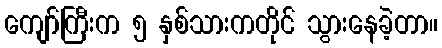
ကျော်ကြီးက ၅ နှစ်သားကတိုင် သွားနေခဲ့တာ။